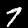
Label: 7